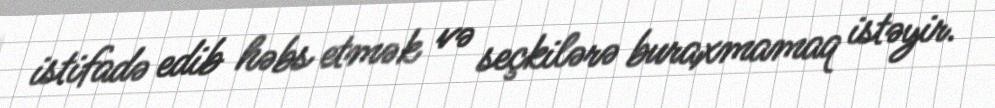
istifadə edib həbs etmək və seçkilərə buraxmamaq istəyir.